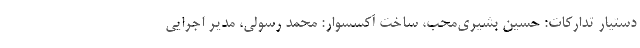
دستیار تدارکات: حسین بشیری‌محب، ساخت آکسسوار: محمد ‌رسولی، مدیر اجرایی